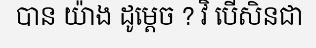
បាន យ៉ាង ដូម្តេច ? វិ បើសិនជា